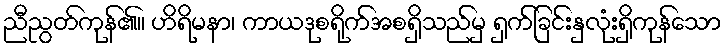
ညီညွတ်ကုန်၏။ ဟိရိမနာ၊ ကာယဒုစရိုက်အစရှိသည်မှ ရှက်ခြင်းနှလုံးရှိကုန်သော